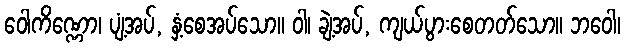
ဝေါကိဏ္ဏော၊ ပျံ့အပ်, နှံ့စေအပ်သော။ ဝါ၊ ချဲ့အပ်, ကျယ်ပွားစေတတ်သော။ ဘဝေါ၊